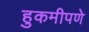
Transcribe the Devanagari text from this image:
हुकमीपणे